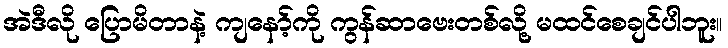
အဲဒီလို ပြောမိတာနဲ့ ကျနော့်ကို ကွန်ဆာဗေးတစ်လို့ မထင်စေချင်ပါဘူး။